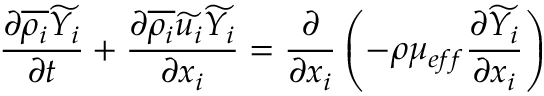
\frac { \partial \overline { { \rho _ { i } } } \widetilde { Y _ { i } } } { \partial t } + \frac { \partial \overline { { \rho _ { i } } } \widetilde { u _ { i } } \widetilde { Y _ { i } } } { \partial x _ { i } } = \frac { \partial } { \partial { x _ { i } } } \left( - \rho \mu _ { e f f } \frac { \partial \widetilde { Y _ { i } } } { \partial { x _ { i } } } \right)